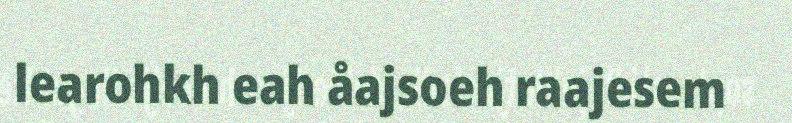
learohkh eah åajsoeh raajesem